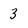
Character: 3